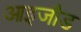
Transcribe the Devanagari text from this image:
आइजौड